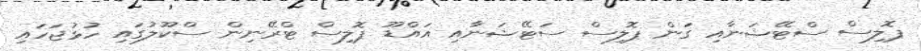
ޕޮލިސް ސްޓޭޝަނާއި ގަން ޕޮލިސް ސަޓޭޝަނާއި އައްޑޫ ޕޮލިސް ޓްރޭނިން ސްކޫލުގައި ހުޅުޖަހައި